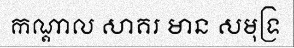
កណ្តាល សាគរ មាន សមុទ្រ